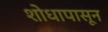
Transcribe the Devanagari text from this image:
शोधापासून